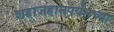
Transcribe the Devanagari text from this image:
शहाजहानपर्यंतच्या